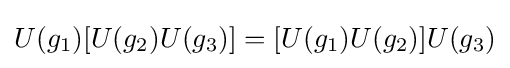
U(g_{1})[U(g_{2})U(g_{3})]=[U(g_{1})U(g_{2})]U(g_{3})